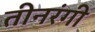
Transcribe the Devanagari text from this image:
तीनरंगी